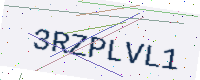
Text: 3RZPLVL1